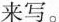
来写。